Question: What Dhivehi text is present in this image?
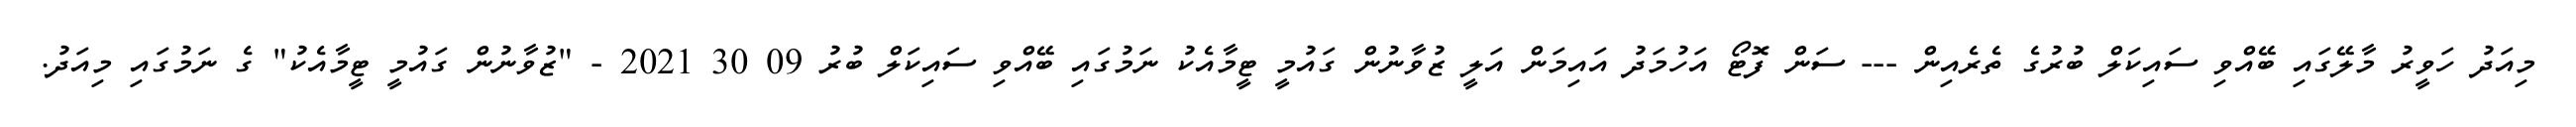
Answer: މިއަދު ހަވީރު މާލޭގައި ބޭއްވި ސައިކަލް ބުރުގެ ތެރެއިން --- ސަން ފޮޓޯ އަހުމަދު އައިމަން އަލީ ޒުވާނުން ގައުމީ ޓީމާއެކު ނަމުގައި ބޭއްވި ސައިކަލް ބުރު 09 30 2021 - "ޒުވާނުން ގައުމީ ޓީމާއެކު" ގެ ނަމުގައި މިއަދު.